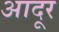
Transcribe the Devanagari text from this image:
आदूर